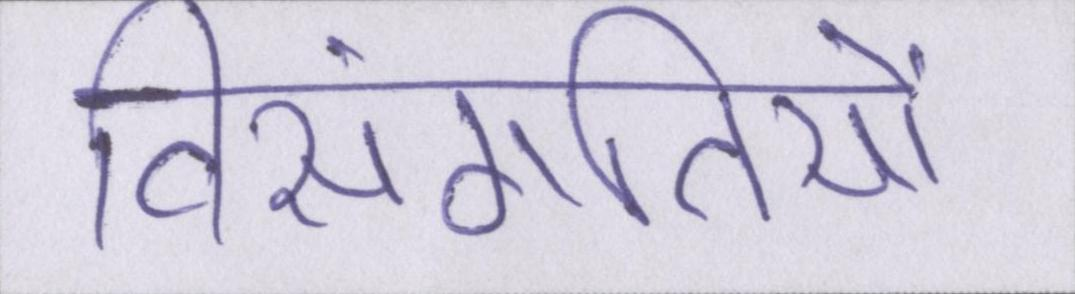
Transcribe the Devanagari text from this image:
विसंगतियों